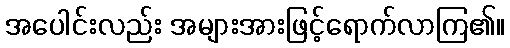
အပေါင်းလည်း အများအားဖြင့်ရောက်လာကြ၏။